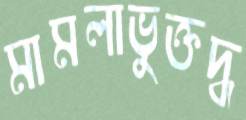
মামলাভুক্তদ্ধ